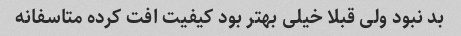
بد نبود ولی قبلا خیلی بهتر بود کیفیت افت کرده متاسفانه